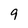
Character: 9